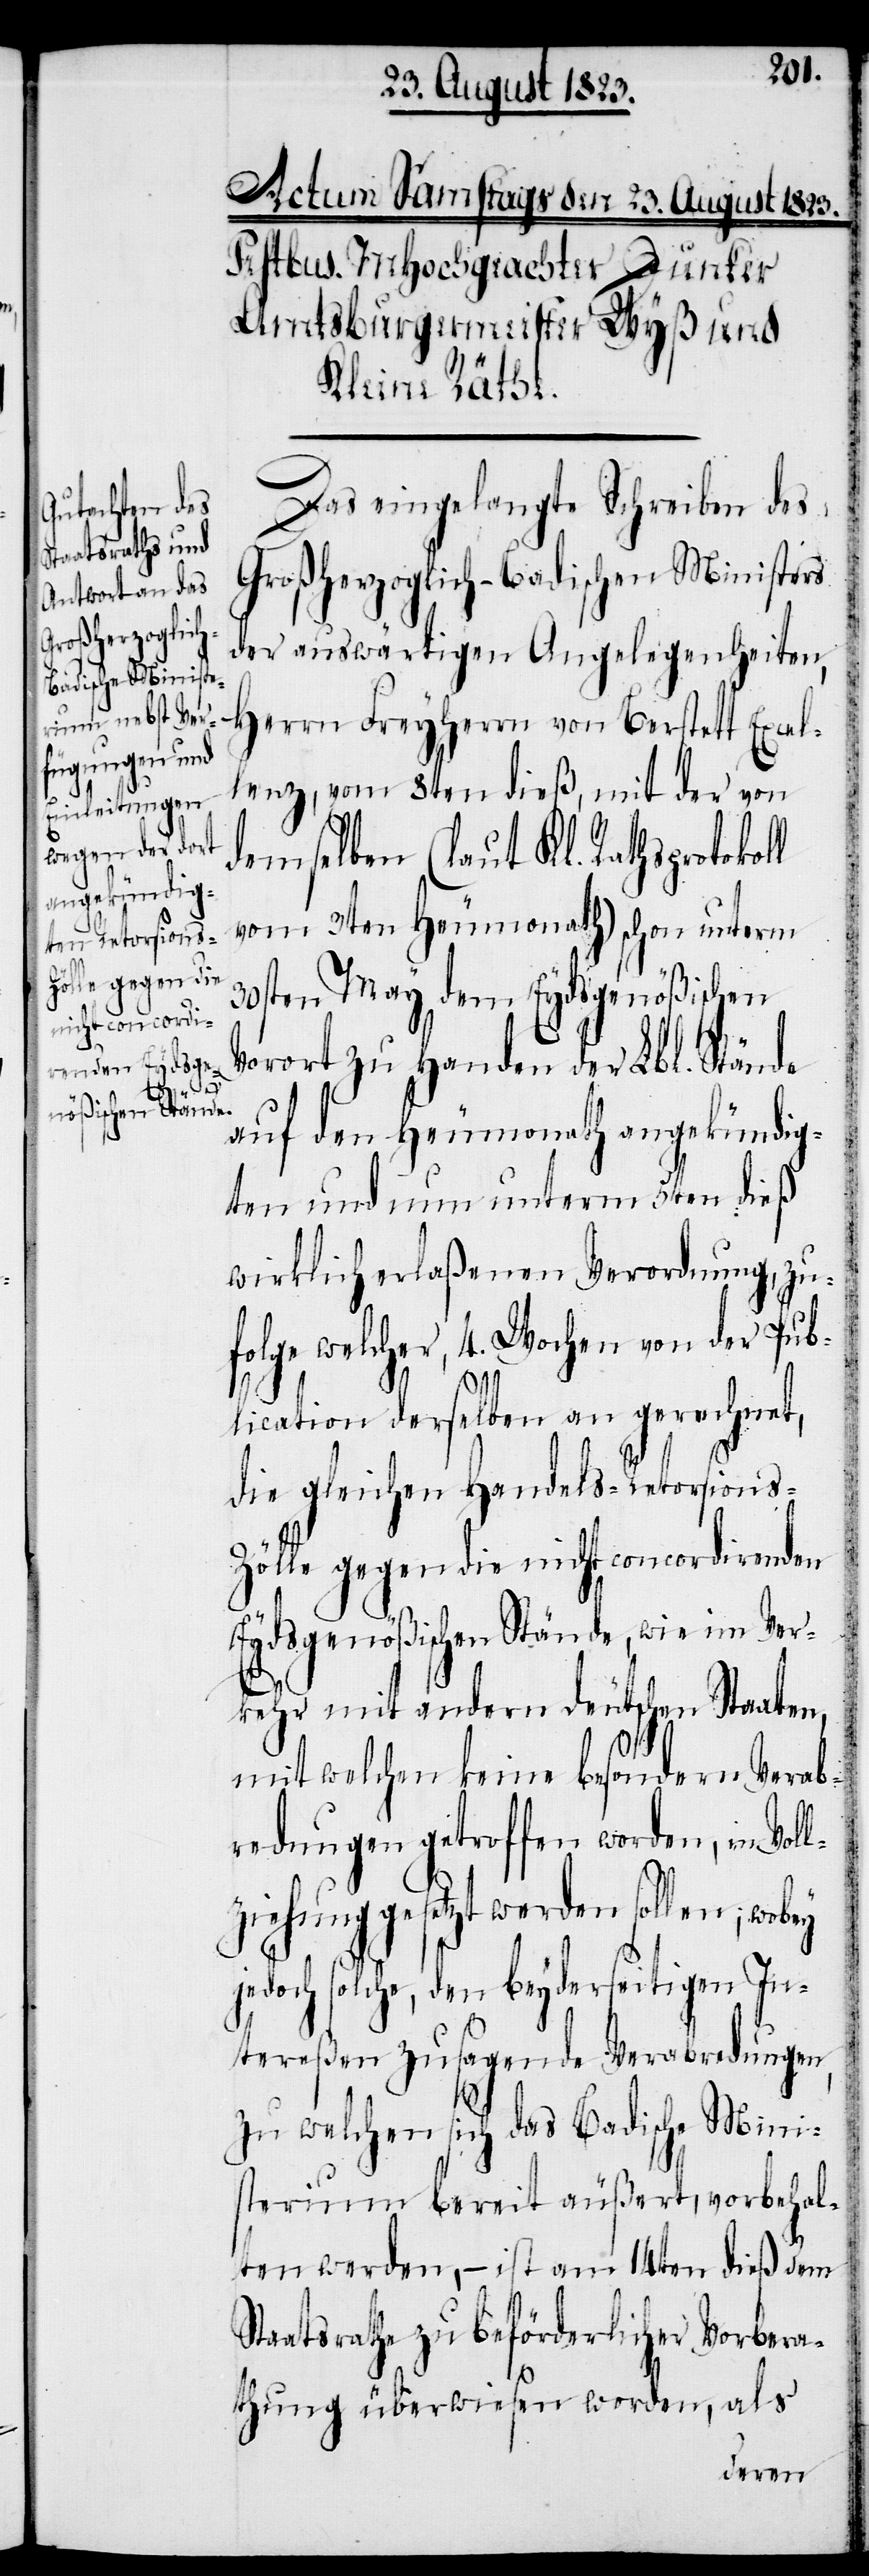
Das eingelangte Schreiben des
Großherzoglich-Badischen Ministers
der auswärtigen Angelegenheiten,
Herrn Freyherrn von Berstett Excel¬
lenz, vom 8ten dieß, mit der von
demselben (laut Kl. Rathsprotokoll
3ten May dem Eydsgenößischen
Vorort zu Handen der Lbl. Stände
auf den Heumonath angekündig¬
ten und nun unterm 5ten dieß
wirklich erlaßenen Verordnung, zu¬
folge welcher, 4. Wochen von der Pub¬
lication derselben an gerechnet,
die gleichen Handels-Retorsions-Z¬
ölle gegen die nicht concordirenden
Eydsgenößischen Stände, wie im Ver¬
kehr mit andern deutschen Staaten,
mit welchen keine besondern Verab¬
redungen getroffen worden, in Vol¬
lziehung gesetzt werden sollen;
jedoch solche, den beyderseitigen In¬
tereßen zusagende Verabredungen,
zu welchen sich das Badische Mini¬
sterium bereit äußert, vorbehal¬
ten werden, − ist am 14ten dieß dem
Staatsrathe zu beförderlicher Vorbera¬
thung überwiesen worden, als